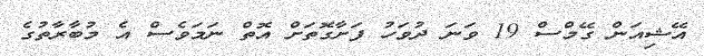
އޭޝިއަން ގޭމްސް 19 ވަނަ ދުވަހު ފަށާގޮތަށް އޮތް ނަމަވެސް އެ މުބާރާތުގެ